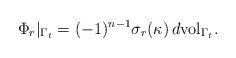
LaTeX: \begin{align*}\Phi_{r}|_{\Gamma_t}=(-1)^{n-1}\sigma_{r}(\kappa) \,d\textup{vol}_{\Gamma_t}.\end{align*}